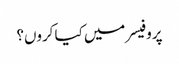
پروفیسر میں کیا کروں؟